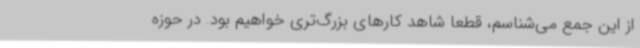
از این جمع می‌شناسم، قطعا شاهد کارهای بزرگ‌تری خواهیم بود. در حوزه